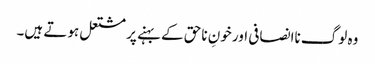
وہ لوگ ناانصافی اور خونِ ناحق کے بہنے پر مشتعل ہوتے ہیں۔